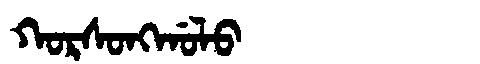
Manchu: ᡴᠣᡵᠰᠣᠩᡤᠣᠯᠣ
Romanization: KORSONGGOLO